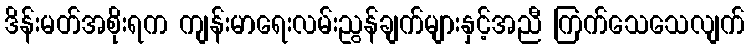
ဒိန်းမတ်အစိုးရက ကျန်းမာရေးလမ်းညွန်ချက်များနှင့်အညီ ကြက်သေသေလျက်